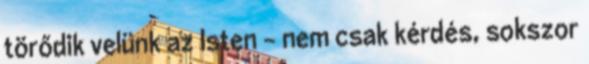
törődik velünk az Isten - nem csak kérdés, sokszor